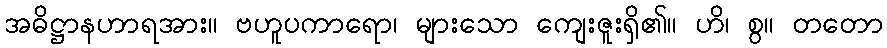
အဓိဋ္ဌာနဟာရအား။ ဗဟူပကာရော၊ များသော ကျေးဇူးရှိ၏။ ဟိ၊ စွ။ တတော